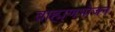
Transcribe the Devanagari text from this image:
ब्राह्मणभोजन